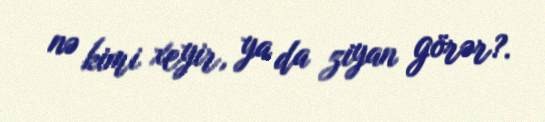
nə kimi xeyir, ya da ziyan görər?.